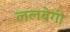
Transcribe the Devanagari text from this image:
ललबेगी